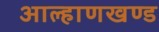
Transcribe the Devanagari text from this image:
आल्हाणखण्ड